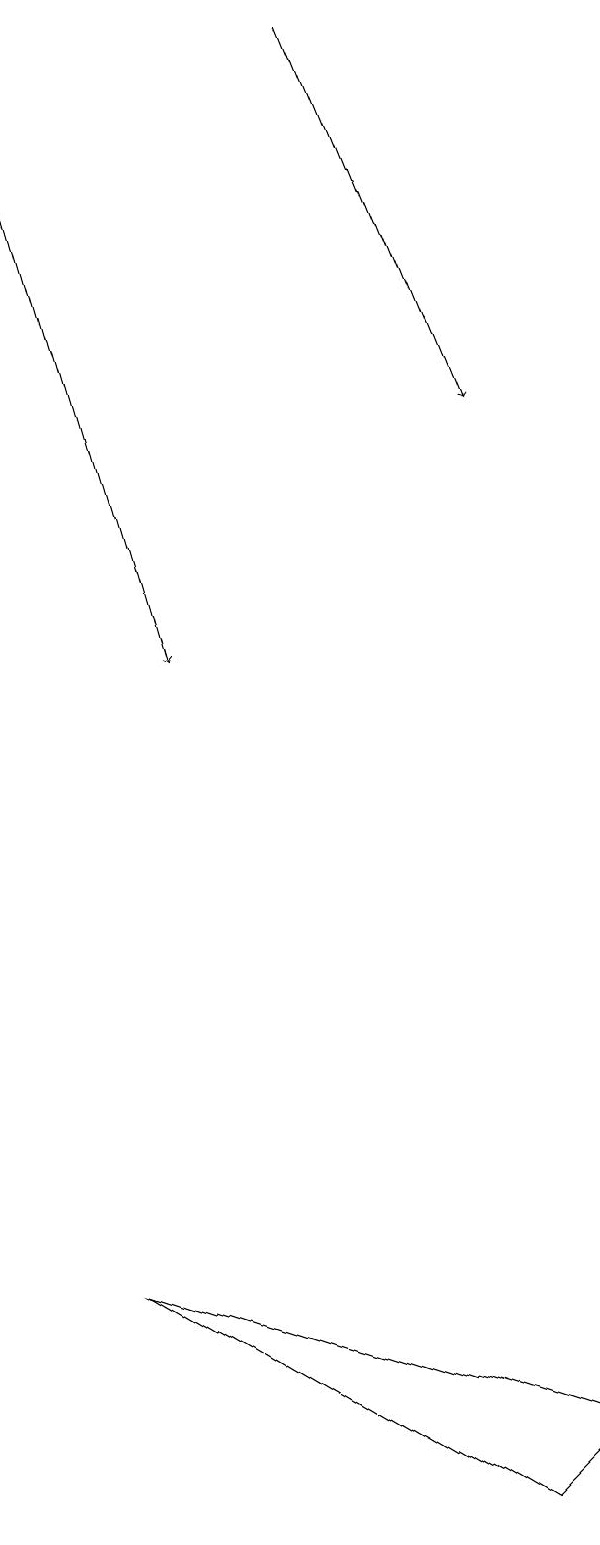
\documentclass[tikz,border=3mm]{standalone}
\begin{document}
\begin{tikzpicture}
\draw (7,0) -- (2,3) -- (8,1) -- cycle;
\draw[->] (5,19) -- (7,14);
\draw[->] (1,18) -- (3,11);
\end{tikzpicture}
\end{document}